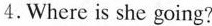
4.Where is she going?